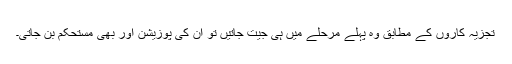
تجزیہ کاروں کے مطابق وہ پہلے مرحلے میں ہی جیت جاتیں تو ان کی پوزیشن اور بھی مستحکم بن جاتی۔